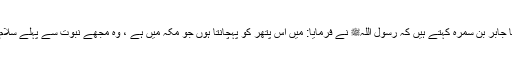
1528: سیدنا جابر بن سمرہؓ کہتے ہیں کہ رسول اللہﷺ نے فرمایا: میں اس پتھر کو پہچانتا ہوں جو مکہ میں ہے ، وہ مجھے نبوت سے پہلے سلام کیا کرتا تھا۔